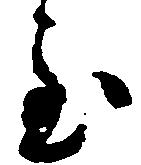
至